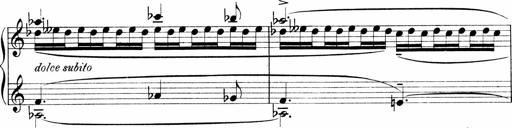
Title: Sonatina No.1
Composer: Otto Stoll
Key: C major